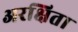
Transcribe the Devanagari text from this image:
अरक्षिता